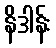
နိဒါန်း